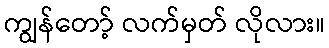
ကျွန်တော့် လက်မှတ် လိုလား။